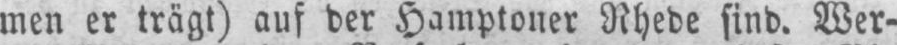
Rhede sind. Wer-